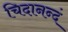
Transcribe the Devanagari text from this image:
चिदानन्दं